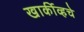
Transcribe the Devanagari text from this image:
खार्कीव्हचे